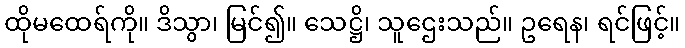
ထိုမထေရ်ကို။ ဒိသွာ၊ မြင်၍။ သေဋ္ဌိ၊ သူဌေးသည်။ ဥရေန၊ ရင်ဖြင့်။